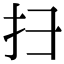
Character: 扫